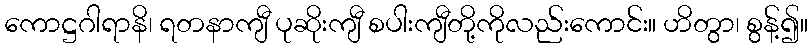
ကောဋ္ဌဂါရာနိ၊ ရတနာကျီ ပုဆိုးကျီ စပါးကျီတို့ကိုလည်းကောင်း။ ဟိတွာ၊ စွန့်၍။